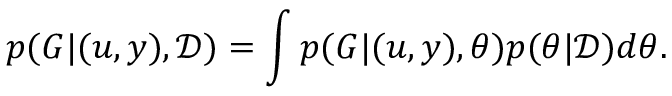
p ( G | ( u , y ) , \mathcal { D } ) = \int p ( G | ( u , y ) , \theta ) p ( \theta | \mathcal { D } ) d \theta .